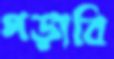
পড়াবি